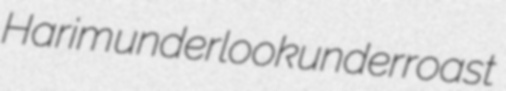
Harim underlook underroast